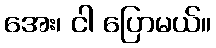
အေး၊ ငါ ပြောမယ်။